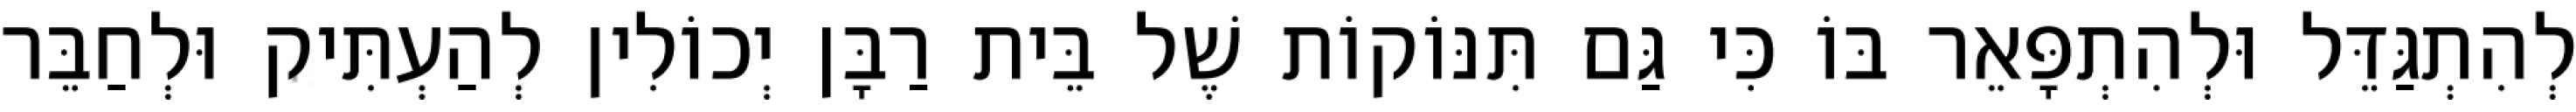
לְהִתְגַּדֵּל וּלְהִתְפָּאֵר בּוֹ כִּי גַּם תִּנּוֹקוֹת שֶׁל בֵּית רַבָּן יְכוֹלִין לְהַעְתִּיק וּלְחַבֵּר